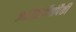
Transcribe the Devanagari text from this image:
ज्योतिर्लींगांपैकी